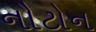
નૌટોન